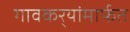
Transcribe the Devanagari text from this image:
गावकर्‍यांमार्फत